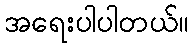
အရေးပါပါတယ်။